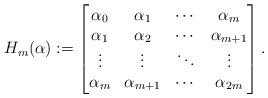
LaTeX: \begin{align*}H_m(\alpha):=\begin{bmatrix}\alpha_{0} & \alpha_{1} & \cdots & \alpha_{m} \\\alpha_{1} & \alpha_{2} & \cdots & \alpha_{m+1} \\\vdots & \vdots & \ddots & \vdots \\\alpha_{m} & \alpha_{m+1} & \cdots & \alpha_{2m} \\\end{bmatrix}.\end{align*}